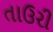
તાઉરી